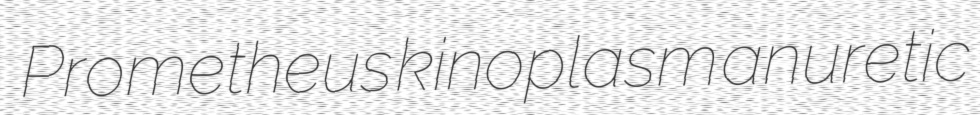
Prometheus kinoplasm anuretic